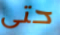
حتى